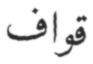
قواف